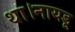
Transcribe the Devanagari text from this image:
था।नायडू